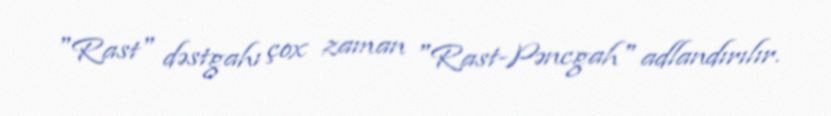
"Rast" dəstgahı çox zaman "Rast-Pəncgah" adlandırılır.